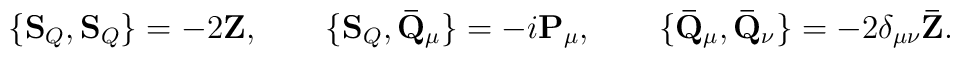
\{ \mathbf{S}_Q, \mathbf{S}_Q \} = - 2 \mathbf{Z},\qquad\{ \mathbf{S}_Q, \mathbf{\bar{Q}}_\mu \} = - i \mathbf{P}_\mu,\qquad\{ \mathbf{\bar{Q}}_\mu, \mathbf{\bar{Q}}_\nu \} = - 2 \delta_{\mu\nu} \mathbf{\bar{Z}}.